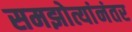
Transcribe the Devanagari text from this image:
समझोत्यांनंतर